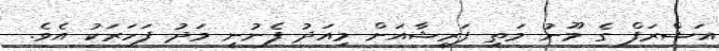
އަޝްރަފް ގެ މޫނު މަތި ފަރީޝާއަށް މިއަދު ފެނުނީ މަދު ފަހަރަކު އެވެ.